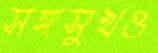
সঙ্গসুখও